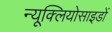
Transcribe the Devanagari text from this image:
न्यूक्लियोसाइडों